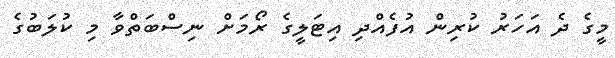
މީގެ ދެ އަހަރު ކުރިން އުފެއްދި އިޓަލީގެ ރޯމަށް ނިސްބަތްވާ މި ކުލަބުގެ